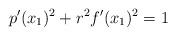
LaTeX: \begin{align*}p^{\prime}(x_1)^2+r^2f^{\prime}(x_1)^2=1 \end{align*}